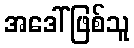
အဒေါ်ဖြစ်သူ